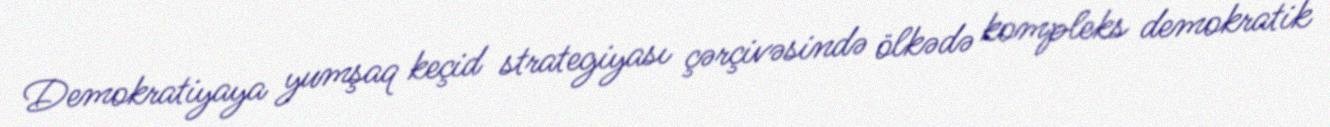
Demokratiyaya yumşaq keçid strategiyası çərçivəsində ölkədə kompleks demokratik